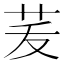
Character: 𦭞